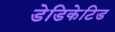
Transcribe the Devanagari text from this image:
डेडिकेटिड